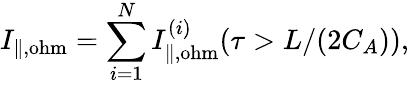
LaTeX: I_{\| ,\mathrm{ohm}}=\sum_{i=1}^{N}I_{\| ,\mathrm{ohm}}^{(i)}(\tau>L/(2C_{A})),